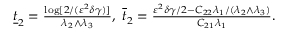
\begin{array} { r } { \underline { { t } } _ { 2 } = \frac { \log [ 2 / ( \varepsilon ^ { 2 } \delta \gamma ) ] } { \lambda _ { 2 } \wedge \lambda _ { 3 } } , ~ \overline { { t } } _ { 2 } = \frac { \varepsilon ^ { 2 } \delta \gamma / 2 - C _ { 2 2 } \lambda _ { 1 } / ( \lambda _ { 2 } \wedge \lambda _ { 3 } ) } { C _ { 2 1 } \lambda _ { 1 } } . } \end{array}